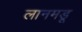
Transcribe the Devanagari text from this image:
लानमडू